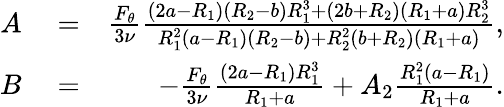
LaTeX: \begin{array}{rlr}{A}&{{}=}&{\frac{F_{\theta}}{3\nu}\frac{(2a-R_{1})(R_{2}-b)R_{1}^{3}+(2b+R_{2})(R_{1}+a)R_{2}^{3}}{R_{1}^{2}(a-R_{1})(R_{2}-b)+R_{2}^{2}(b+R_{2})(R_{1}+a)},}\\ {B}&{{}=}&{-\frac{F_{\theta}}{3\nu}\frac{(2a-R_{1})R_{1}^{3}}{R_{1}+a}+A_{2}\frac{R_{1}^{2}(a-R_{1})}{R_{1}+a}.}\end{array}